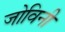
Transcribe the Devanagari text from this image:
जोविनी